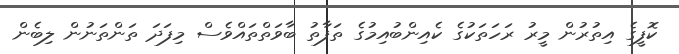
ކޮފީގެ އިތުރުން މީރު ރަހަތަކުގެ ކެއިންބުއިމުގެ ތަފާތު ބާވަތްތައްވެސް މިފަދަ ތަންތަނުން ލިބެން